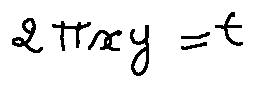
2 \pi x y = t